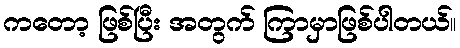
ကတော့ ဖြစ်ပြီး အတွက် ကြာမှာဖြစ်ပါတယ်။